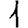
Digit: 1